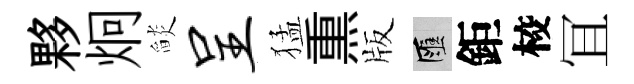
夥炯𦦨呈猛𤋱版匯鉅校冝